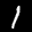
Label: 1